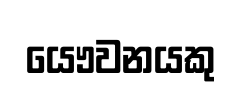
යෞවනයකු